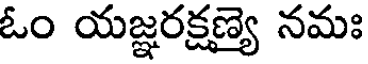
ఓం యజ్ఞరక్షణ్య నమః